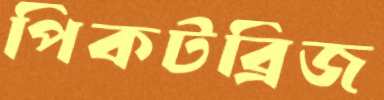
পিকটব্রিজ